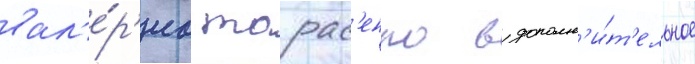
вал'е́р'иа тарас'енко в дополн'и́т'ельное